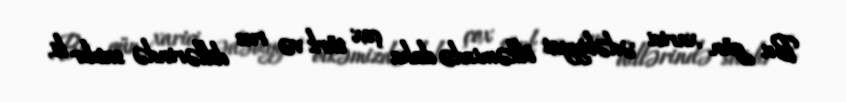
Bu gün xarici ədəbiyyat ölkəmizdə daha çox türk və rus dillərində satılır ki,